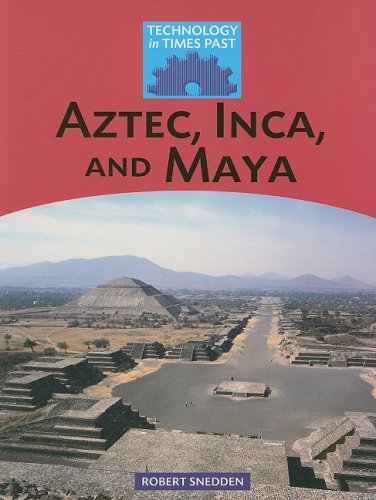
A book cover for Aztec, Inca, and Maya (Technology in Times Past); Robert Snedden; History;